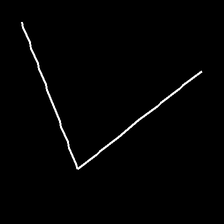
Glyph: region